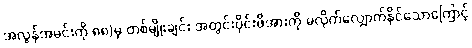
အလွန်အမင်းကို ၈၈)မှ တစ်မျိုးချင်း အတွင်းပိုင်းဖိအားကို မလိုက်လျှောက်နိုင်သောကြောင့်